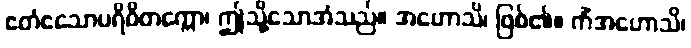
ဧတံဧသောပရိဝိတက္ကော၊ ဤသို့သောအံသည်။ အဟောသိ၊ ဖြစ်၏။ ကိံအဟောသိ၊